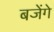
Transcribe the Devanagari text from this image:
बजेंगे